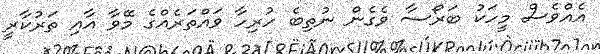
އެއްވެސް މީހަކު ބަރޯސާ ވެގެން ނުތިބެ ހުރިހާ ވައްތަރެއްގެ މޭވާ އާއި ތަރުކާރީ